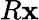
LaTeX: R\mathbf{x}